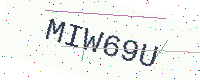
Text: MIW69U